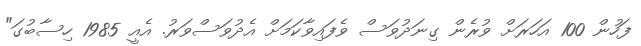
ފަހުން 100 އަހަރަށް ވުރެން ގިނަދުވަސް ވެފައިވާކަމަށް އެދުވަސްވަރު. އެއީ 1985 ހިސާބުގަ"